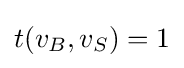
t(v_{B},v_{S})=1